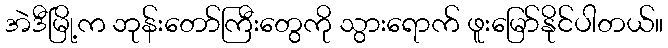
အဲဒီမြို့က ဘုန်းတော်ကြီးတွေကို သွားရောက် ဖူးမြော်နိုင်ပါတယ်။